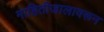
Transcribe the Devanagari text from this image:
माहितीजालावरून